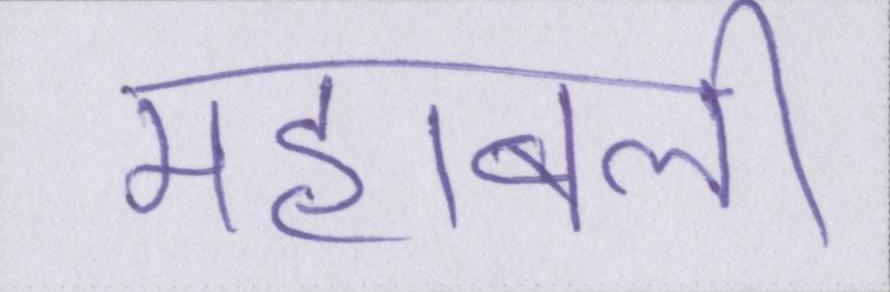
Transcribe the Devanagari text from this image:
महाबली